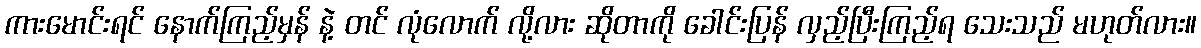
ကားမောင်းရင် နောက်ကြည့်မှန် နဲ့ တင် လုံလောက် လို့လား ဆိုတာကို ခေါင်းပြန် လှည့်ပြီးကြည့်ရ သေးသည် မဟုတ်လား။